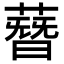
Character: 𦻳